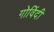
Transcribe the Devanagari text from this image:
गोविंदी